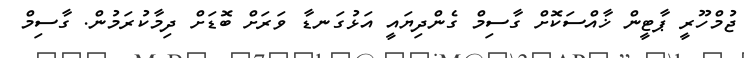
ޖުމްހޫރީ ޕާޓީން ޚާއްސަކޮށް ގާސިމް ގެންދިޔައީ އަޅުގަނޑާ ވަރަށް ބޮޑަށް ދިމާކުރަމުން. ގާސިމް